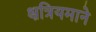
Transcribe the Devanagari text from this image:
क्षत्रियमाने